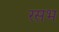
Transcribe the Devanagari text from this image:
रसभ